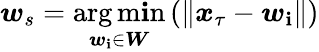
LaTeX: \boldsymbol{w}_{s}=\underset{\boldsymbol{w}_{\mathbf{i}}\in\boldsymbol{W}}{\arg\operatorname*{m\mathbf{i}n}}\left(\lVert\boldsymbol{x}_{\tau}-\boldsymbol{w}_{\mathbf{i}}\rVert\right)